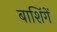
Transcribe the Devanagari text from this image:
बाशिंगें